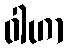
ဝါဟာ